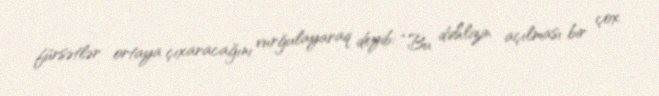
fürsətlər ortaya çıxaracağını vurğulayaraq deyib: “Bu dəhlizin açılması bir çox